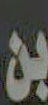
بن